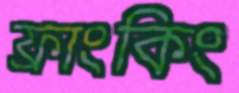
ফ্রাংকিং